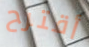
أقترح